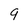
Character: 9